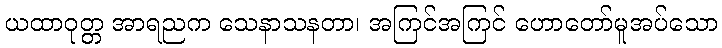
ယထာဝုတ္တ အာရညက သေနာသနတာ၊ အကြင်အကြင် ဟောတော်မူအပ်သော